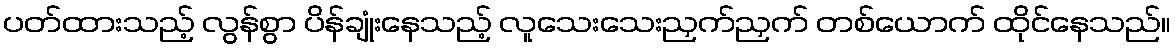
ပတ်ထားသည့် လွန်စွာ ပိန်ချုံးနေသည့် လူသေးသေးညှက်ညှက် တစ်ယောက် ထိုင်နေသည်။